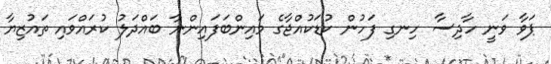
ޕަވާ ވަނީ ހާދިސާ ހިނގި ފަހުން ކުޑަކުއްޖާގެ މައިންބަފައިންނާ ބައްދަލު ކުރައްވައި ތައުޒިޔާ